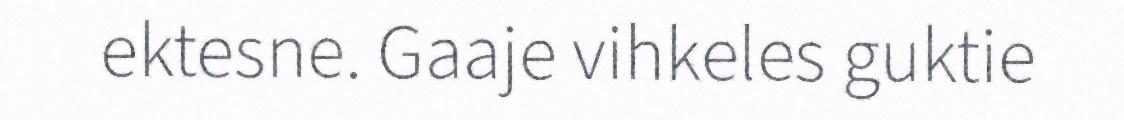
ektesne. Gaaje vihkeles guktie